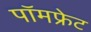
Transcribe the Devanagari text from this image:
पॉमफ्रेट